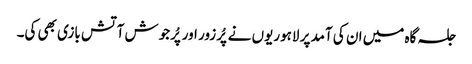
جلسہ گاہ میں ان کی آمد پر لاہوریوں نے پُرزور اور پُرجوش آتش بازی بھی کی۔